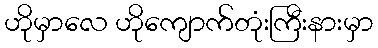
ဟိုမှာလေ ဟိုကျောက်တုံးကြီးနားမှာ